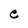
Character: e